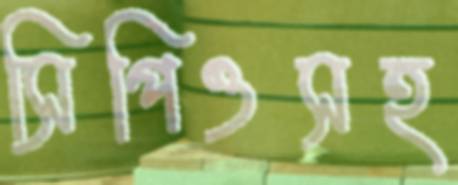
সিপিওসহ